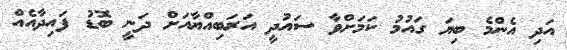
އަދި އެންމެ ބިޔަ ގައުމު ކަމަށްވާ ސައުދީ އަރަބިއްޔާއަށް ދަނީ ބޮޑު ފައިދާއެއް